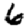
Digit: 6